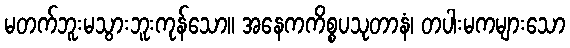
မတက်ဘူးမသွားဘူးကုန်သော။ အနေကကိစ္စပသုတာနံ၊ တပါးမကများသော